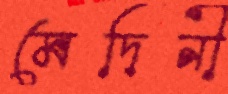
মেদিনী